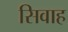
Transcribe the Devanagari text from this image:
सिवाह